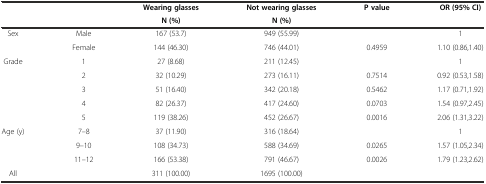
| <ROWSPAN=2>  | <ROWSPAN=2>  | Wearing glasses | Not wearing glasses | <ROWSPAN=2> P value | <ROWSPAN=2> OR (95% CI) |
 | N (%) | N (%) |
 | --- | --- | --- | --- | --- | --- |
 | <ROWSPAN=2> Sex | Male | 167 (53.7) | 949 (55.99) |  | 1 |
 | Female | 144 (46.30) | 746 (44.01) | 0.4959 | 1.10 (0.86,1.40) |
 | <ROWSPAN=5> Grade | 1 | 27 (8.68) | 211 (12.45) |  | 1 |
 | 2 | 32 (10.29) | 273 (16.11) | 0.7514 | 0.92 (0.53,1.58) |
 | 3 | 51 (16.40) | 342 (20.18) | 0.5462 | 1.17 (0.71,1.92) |
 | 4 | 82 (26.37) | 417 (24.60) | 0.0703 | 1.54 (0.97,2.45) |
 | 5 | 119 (38.26) | 452 (26.67) | 0.0016 | 2.06 (1.31,3.22) |
 | <ROWSPAN=3> Age (y) | 7–8 | 37 (11.90) | 316 (18.64) |  | 1 |
 | 9–10 | 108 (34.73) | 588 (34.69) | 0.0265 | 1.57 (1.05,2.34) |
 | 11–12 | 166 (53.38) | 791 (46.67) | 0.0026 | 1.79 (1.23,2.62) |
 | All |  | 311 (100.00) | 1695 (100.00) |  |  |